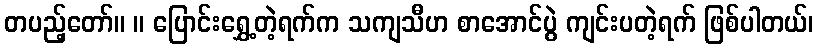
တပည့်တော်။ ။ ပြောင်းရွှေ့တဲ့ရက်က သကျသီဟ စာအောင်ပွဲ ကျင်းပတဲ့ရက် ဖြစ်ပါတယ်၊